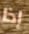
إذا